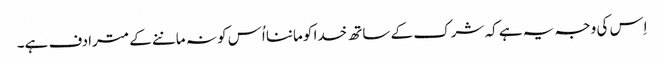
اِس کی وجہ یہ ہے کہ شرک کے ساتھ خدا کو ماننا اُس کو نہ ماننے کے مترادف ہے۔